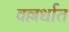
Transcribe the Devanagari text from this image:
वल्लर्धात